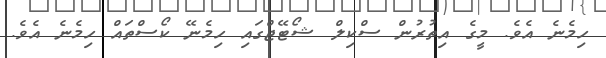
ހިމެނެ އެވެ. މީގެ އިތުރުން ސްކިލް ޝޯޓޭޖްގައި ހިމެނޭ ކޯސްތައް ހިމެނެ އެވެ.